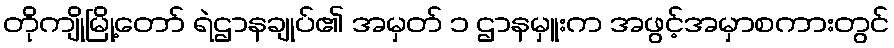
တိုကျိုမြို့တော် ရဲဌာနချုပ်၏ အမှတ် ၁ ဌာနမှူးက အဖွင့်အမှာစကားတွင်